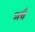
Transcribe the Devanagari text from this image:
मचै